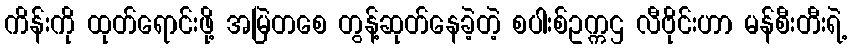
ကိန်းကို ထုတ်ရောင်းဖို့ အမြဲတစေ တွန့်ဆုတ်နေခဲ့တဲ့ စပါးစ်ဥက္ကဌ လီဗိုင်းဟာ မန်စီးတီးရဲ့